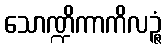
သောဏ္ဍိကာကိလဉ္ဇံ